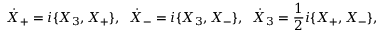
\dot { X } _ { + } = i \{ X _ { 3 } , X _ { + } \} , \; \; \dot { X } _ { - } = i \{ X _ { 3 } , X _ { - } \} , \; \; \dot { X } _ { 3 } = \frac { 1 } { 2 } i \{ X _ { + } , X _ { - } \} ,